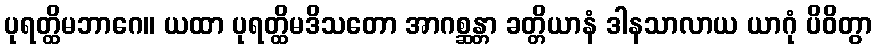
ပုရတ္ထိမဘာဂေ။ ယထာ ပုရတ္ထိမဒိသတော အာဂစ္ဆန္တာ ခတ္တိယာနံ ဒါနသာလာယ ယာဂုံ ပိဝိတွာ